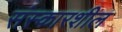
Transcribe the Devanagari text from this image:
संस्कारशील